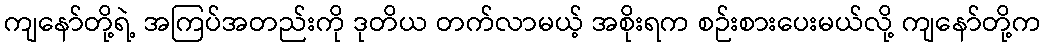
ကျနော်တို့ရဲ့ အကြပ်အတည်းကို ဒုတိယ တက်လာမယ့် အစိုးရက စဉ်းစားပေးမယ်လို့ ကျနော်တို့က